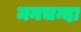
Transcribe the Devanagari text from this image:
मनचन्दा